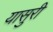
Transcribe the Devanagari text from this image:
यासुरी